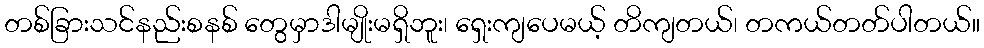
တစ်ခြားသင်နည်းစနစ် တွေမှာဒါမျိုးမရှိဘူး၊ ရှေးကျပေမယ့် တိကျတယ်၊ တကယ်တတ်ပါတယ်။